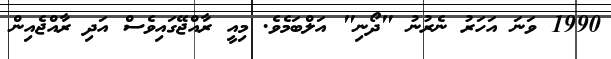
1990 ވަނަ އަހަރު ނެރުނު "ދޯނި" އަލްބަމެވެ. މިއީ ރާއްޖޭގައިވެސް އަދި ރާއްޖެއިން